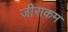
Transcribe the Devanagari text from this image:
जीराकम